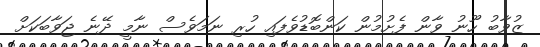
ޒުވާބު ހޫނު ވާން ފެށުމުން ކަންބޮޑުވެފައި ހުރި ނަމަވެސް ނާމީ ދޭނެ ޖަވާބަކަށް